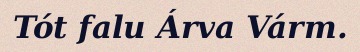
Tót falu Árva Várm.